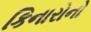
કિનારોનો